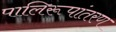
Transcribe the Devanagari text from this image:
पालिरूपांतरण